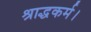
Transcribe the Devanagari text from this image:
श्राद्धकर्म।